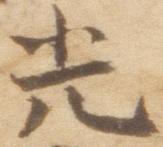
光